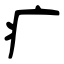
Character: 疒